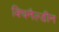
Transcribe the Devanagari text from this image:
क्विनैल्डीन